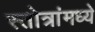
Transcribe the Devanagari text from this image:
स्तोत्रांमध्ये